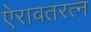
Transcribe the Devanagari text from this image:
ऐरावतरत्न